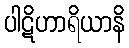
ပါဋိဟာရိယာနိ